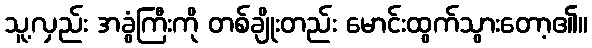
သူ့လှည်း အခွံကြီးကို တစ်ချိုးတည်း မောင်းထွက်သွားတော့၏။